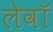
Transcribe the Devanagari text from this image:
लेवॉ